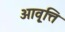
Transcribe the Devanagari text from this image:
आवृ्त्ति